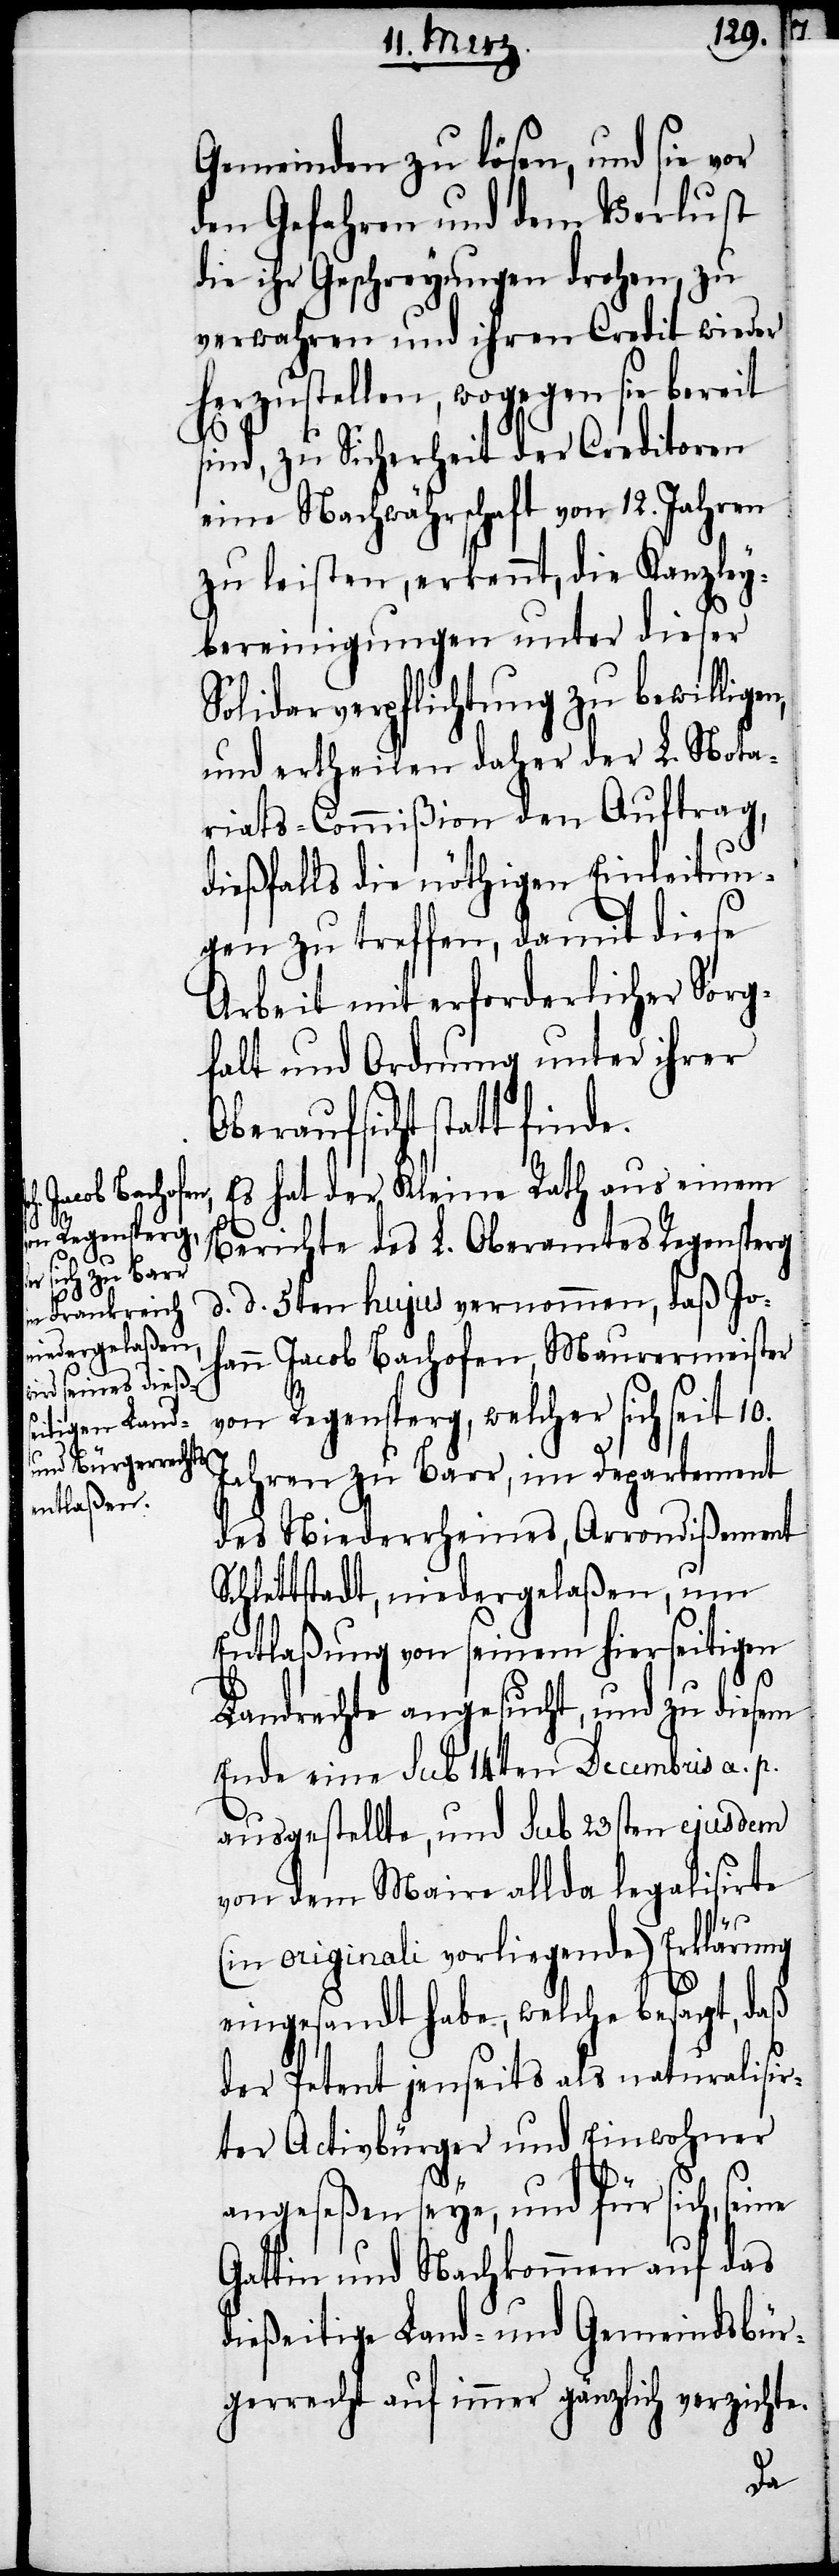
Gemeinden zu lösen, und sie vor
den Gefahren und dem Verlust
die ihr Geschreyungen drohen, zu
verwahren und ihren Credit wieder
herzustellen, wogegen sie bereit
sind, zu Sicherheit der Creditoren
eine Nachwährschaft von 12. Jahren
zu leisten, erkennt, die Kanzley¬
bereinigungen unter dieser
Solidarverpflichtung zu bewillige¬
und ertheilen daher der L. Nota¬
riats-Commißion den Auftrag,
dießfalls die nöthigen Einleitun¬
gen zu treffen, damit diese
Arbeit mit erforderlicher Sorg¬
falt und Ordnung unter ihrer
Oberaufsicht statt finde.
Es hat der Kleine Rath aus einem
Berichte des L. Oberamtes Regensperg
d. d. 5ten hujus vernommen, daß Jo¬
hann Jacob Bachofen, Maurermeister
von Regensperg, welcher sich seit 10.
Jahren zu Barr, im Departement
des Niederrheines, Arrondißement
Schlittstadt, niedergelaßen, um
Entlaßung von seinem hierseitigen
n,
Landrechte angesucht, und zu diesem
Ende eine sub 14ten Decembris a. p.
ausgestellte, und sub 23sten ejusdem
von dem Maire allda legalisirte
(in originali vorliegende) Erklärung
eingesandt habe, welche besagt, daß
der Petent jenseits als naturalisir¬
ter Activbürger und Einwohner
angeseßen seye, und für sich,
Gattin und Nachkommen auf das
dießeitige Land- und Gemeindsbür¬
gerrecht auf immer gänzlich verzichte.